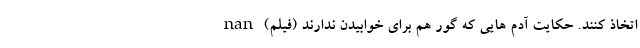
اتخاذ کنند. حکایت آدم هایی که گور هم برای خوابیدن ندارند (فیلم) nan